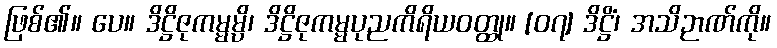
ဖြစ်၏။ ပေ။ ဒိဋ္ဌိဇုကမ္မမ္ပိ၊ ဒိဋ္ဌိဇုကမ္မပုညကိရိယဝတ္ထု။ [၀၇] ဒိဋ္ဌိံ၊ အသိဉာဏ်ကို။